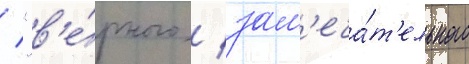
/ "в'е́рного / зам'еча́т'ельного